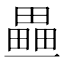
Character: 𤳏